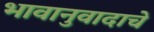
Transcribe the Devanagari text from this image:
भावानुवादाचे